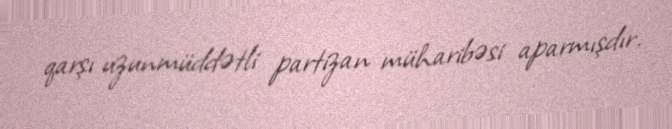
qarşı uzunmüddətli partizan müharibəsi aparmışdır.